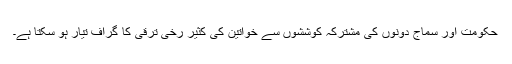
حکومت اور سماج دونوں کی مشترکہ کوششوں سے خواتین کی کثیر رخی ترقی کا گراف تیار ہو سکتا ہے۔